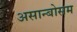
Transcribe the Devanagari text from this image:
असान्बोसम